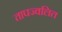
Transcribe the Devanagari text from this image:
तापज्वलित